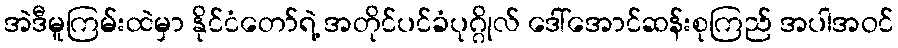
အဲဒီမူကြမ်းထဲမှာ နိုင်ငံတော်ရဲ့ အတိုင်ပင်ခံပုဂ္ဂိုလ် ဒေါ်အောင်ဆန်းစုကြည် အပါအဝင်